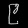
Digit: ၉